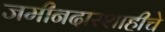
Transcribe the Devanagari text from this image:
जमीनदारशाहीचे